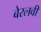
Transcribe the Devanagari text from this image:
बेरलवी